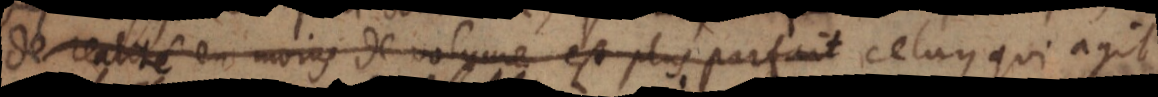
de realité en moins de volume est plus parfait celuy qui agit